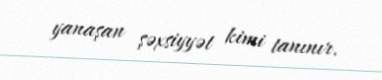
yanaşan şəxsiyyət kimi tanınır.